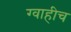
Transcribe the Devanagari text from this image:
ग्वाहीच